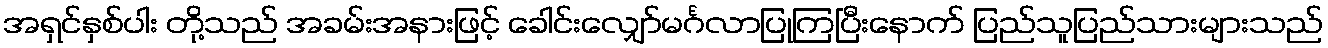
အရှင်နှစ်ပါး တို့သည် အခမ်းအနားဖြင့် ခေါင်းလျှော်မင်္ဂလာပြုကြပြီးနောက် ပြည်သူပြည်သားများသည်